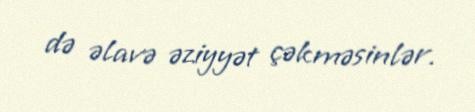
də əlavə əziyyət çəkməsinlər.